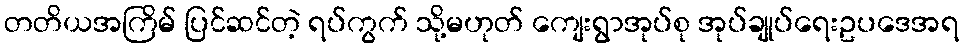
တတိယအကြိမ် ပြင်ဆင်တဲ့ ရပ်ကွက် သို့မဟုတ် ကျေးရွာအုပ်စု အုပ်ချုပ်ရေးဥပဒေအရ